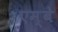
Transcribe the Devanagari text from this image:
एम्बे